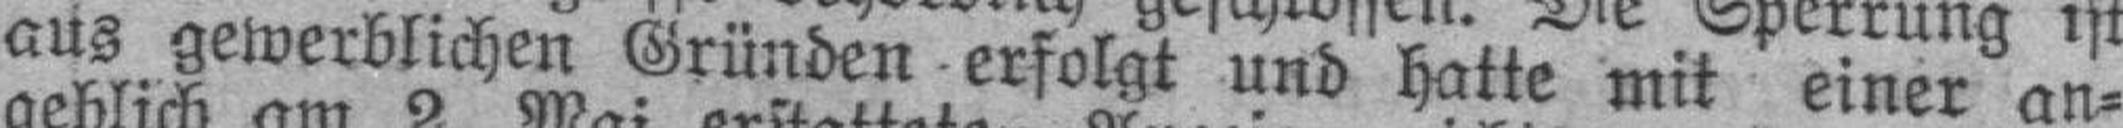
aus gewerblichen Gründen erfolgt und hatte mit einer an¬